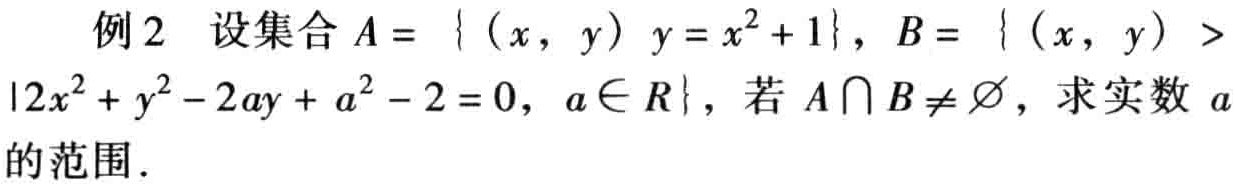
例2 设集合\(A = \{ (x, y)\mid y = x^{2}+1\}\)，\(B = \{ (x, y)\mid 2x^{2}+y^{2}-2ay + a^{2}-2 = 0, a\in R\}\)，若\(A\cap B\neq \varnothing\)，求实数\(a\)的范围．